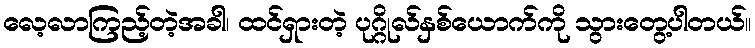
လေ့လာကြည့်တဲ့အခါ၊ ထင်ရှားတဲ့ ပုဂ္ဂိုလ်နှစ်ယောက်ကို သွားတွေ့ပါတယ်။